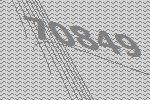
70849